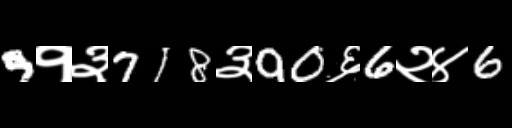
Text: 9१३718३90६6२४6